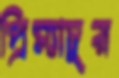
প্রিম্যাচুর